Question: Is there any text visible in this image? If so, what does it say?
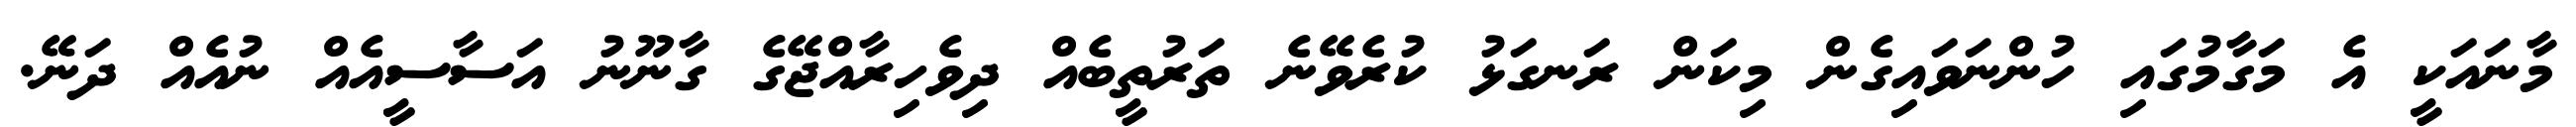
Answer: މާނައަކީ އެ މަގާމުގައި ހުންނަވައިގެން މިކަން ރަނގަޅު ކުރެވޭނެ ތަރުތީބެއް ދިވެހިރާއްޖޭގެ ގާނޫނު އަސާސީއެއް ނުއެއް ދަނޭ.